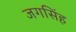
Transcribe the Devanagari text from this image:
जगसिंह